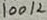
Text: 100 K